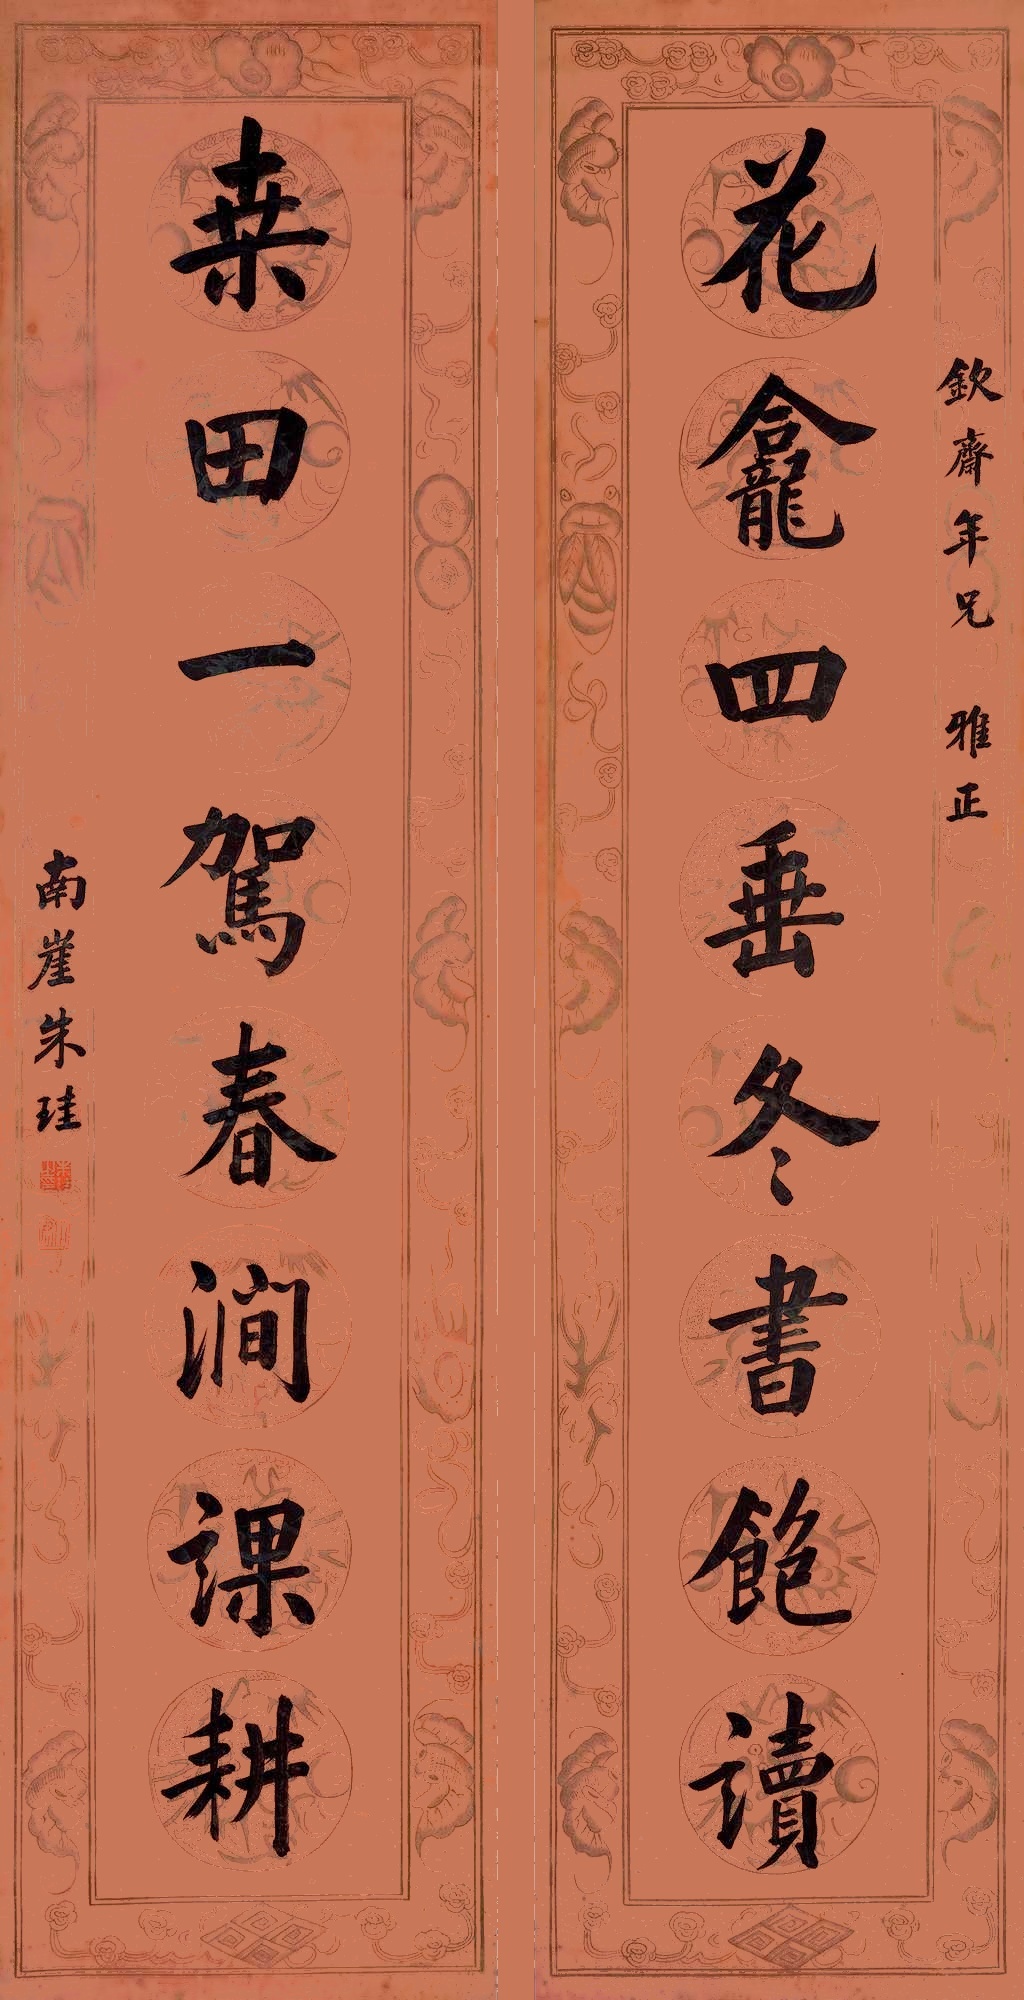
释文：花龛四垂冬书饱读，桑田一驾春涧课耕。钦斋年兄雅正，南崖朱珪。